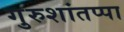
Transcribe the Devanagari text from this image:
गुरुशांतप्पा